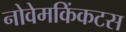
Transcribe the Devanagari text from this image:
नोवेमकिंकटस